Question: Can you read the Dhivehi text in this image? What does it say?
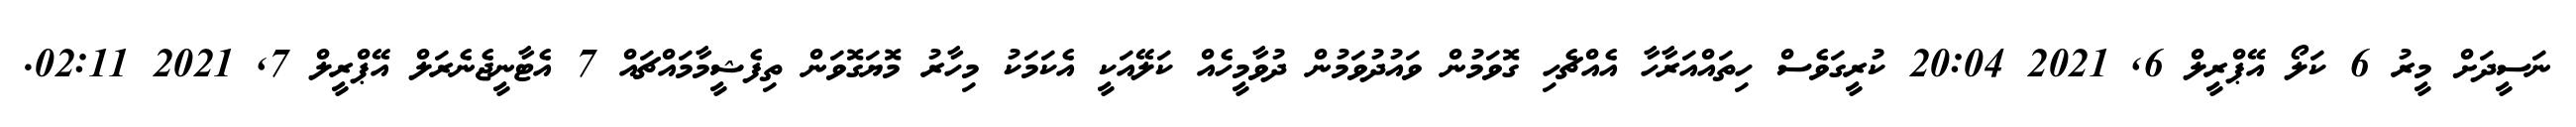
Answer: ނަސީދަށް މީރު 6 ކަލޯ އޭޕްރީލް 6, 2021 20:04 ކުރީގަވެސް ހިތައްއަރާހާ އެއްޗެހި ގޮވަމުން ވައުދުވަމުން ދުވާމީހެއް ކަލޭއަކީ އެކަމަކު މިހާރު މޮޔަގޮވަން ތިފެޝީމާމައްޗައް 7 އެޓާނީޖެނެރަލް އޭޕްރީލް 7, 2021 02:11.